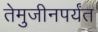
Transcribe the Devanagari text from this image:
तेमुजीनपर्यंत